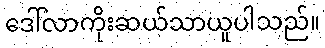
ဒေါ်လာကိုးဆယ်သာယူပါသည်။